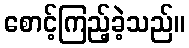
စောင့်ကြည့်ခဲ့သည်။